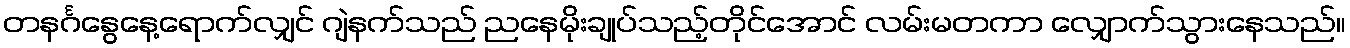
တနင်္ဂနွေနေ့ရောက်လျှင် ဂျဲနက်သည် ညနေမိုးချုပ်သည့်တိုင်အောင် လမ်းမတကာ လျှောက်သွားနေသည်။